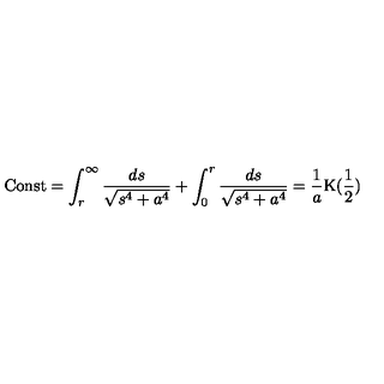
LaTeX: \mathrm { { C o n s t } } = \int _ { r } ^ { \infty } { \frac { d s } { \sqrt { s ^ { 4 } + a ^ { 4 } } } } + \int _ { 0 } ^ { r } { \frac { d s } { \sqrt { s ^ { 4 } + a ^ { 4 } } } } = \frac { 1 } { a } \mathrm { K } ( \frac { 1 } { 2 } )